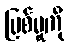
ပြစ်မှုကို